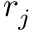
r _ { j }